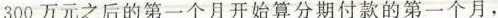
300 万元之后的第一个月开始算分期付款的第一个月，